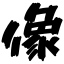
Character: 像